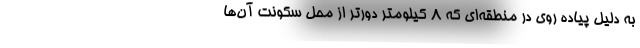
به دلیل پیاده روی در منطقه‌ای که ۸ کیلومتر دورتر از محل سکونت آن‌ها